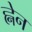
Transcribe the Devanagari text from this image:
ह्नेन